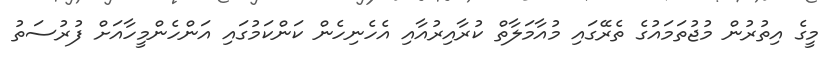
މީގެ އިތުރުން މުޖުތަމައުގެ ތެރޭގައި މުއާމަލާތް ކުރާއިރުއާއި އެހެނިހެން ކަންކަމުގައި އަންހެންމީހާއަށް ފުރުސަތު